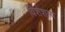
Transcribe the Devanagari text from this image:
विशेशग्य